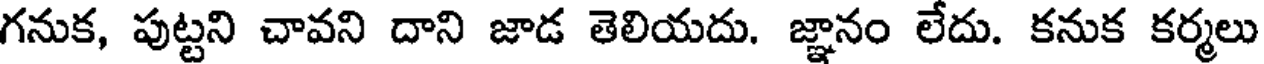
గనుక, పుట్టని చావని దాని జాడ తెలియదు. జ్ఞానం లేదు. కనుక కర్మలు